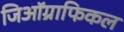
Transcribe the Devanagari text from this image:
जिऑग्राफिकल